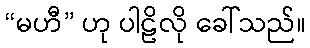
“မဟီ” ဟု ပါဠိလို ခေါ်သည်။